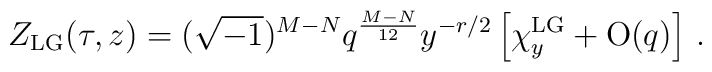
Z_{\rm LG}(\tau,z)=(\sqrt{-1})^{M-N}q^{\frac{M-N}{12}}y^{-r/2}\left[\chi_y^{\rm LG}+{\rm O}(q)\right]\,.